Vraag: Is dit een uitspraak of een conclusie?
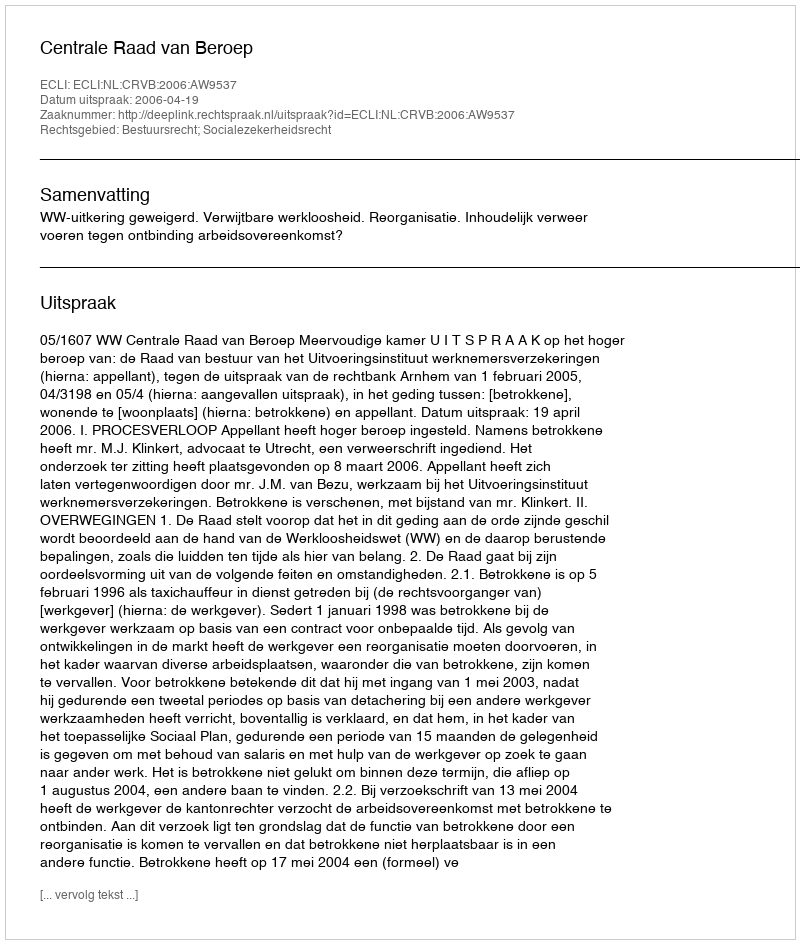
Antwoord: Uitspraak